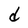
Character: d